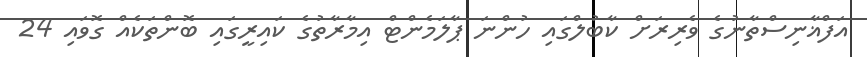
އަފްޣާނިސްތާނުގެ ވެރިރަށް ކާބުލްގައި ހުންނަ ޕާލަމެންޓް އިމާރާތުގެ ކައިރީގައި ބޮންތަކެއް ގޮވައި 24